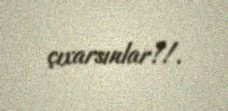
çıxarsınlar?!.